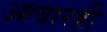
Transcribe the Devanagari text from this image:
आवारही